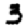
Digit: 3